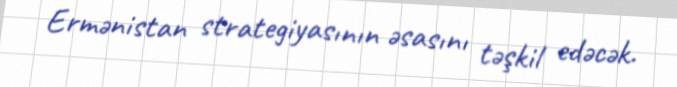
Ermənistan strategiyasının əsasını təşkil edəcək.